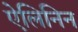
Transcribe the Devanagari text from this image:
ऐलिनिन